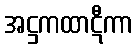
အဋ္ဌကထာဋီကာ